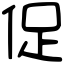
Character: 促